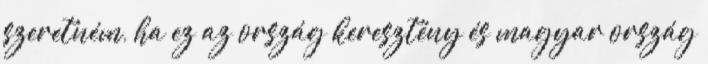
szeretném, ha ez az ország keresztény és magyar ország